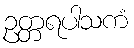
ဥတ္တရပါသကံ